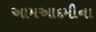
આમઆદમીના